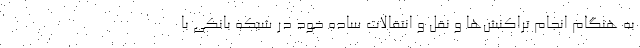
به هنگام انجام تراکنش‌ها و نقل و انتقالات ساده خود در شبکه بانکی با